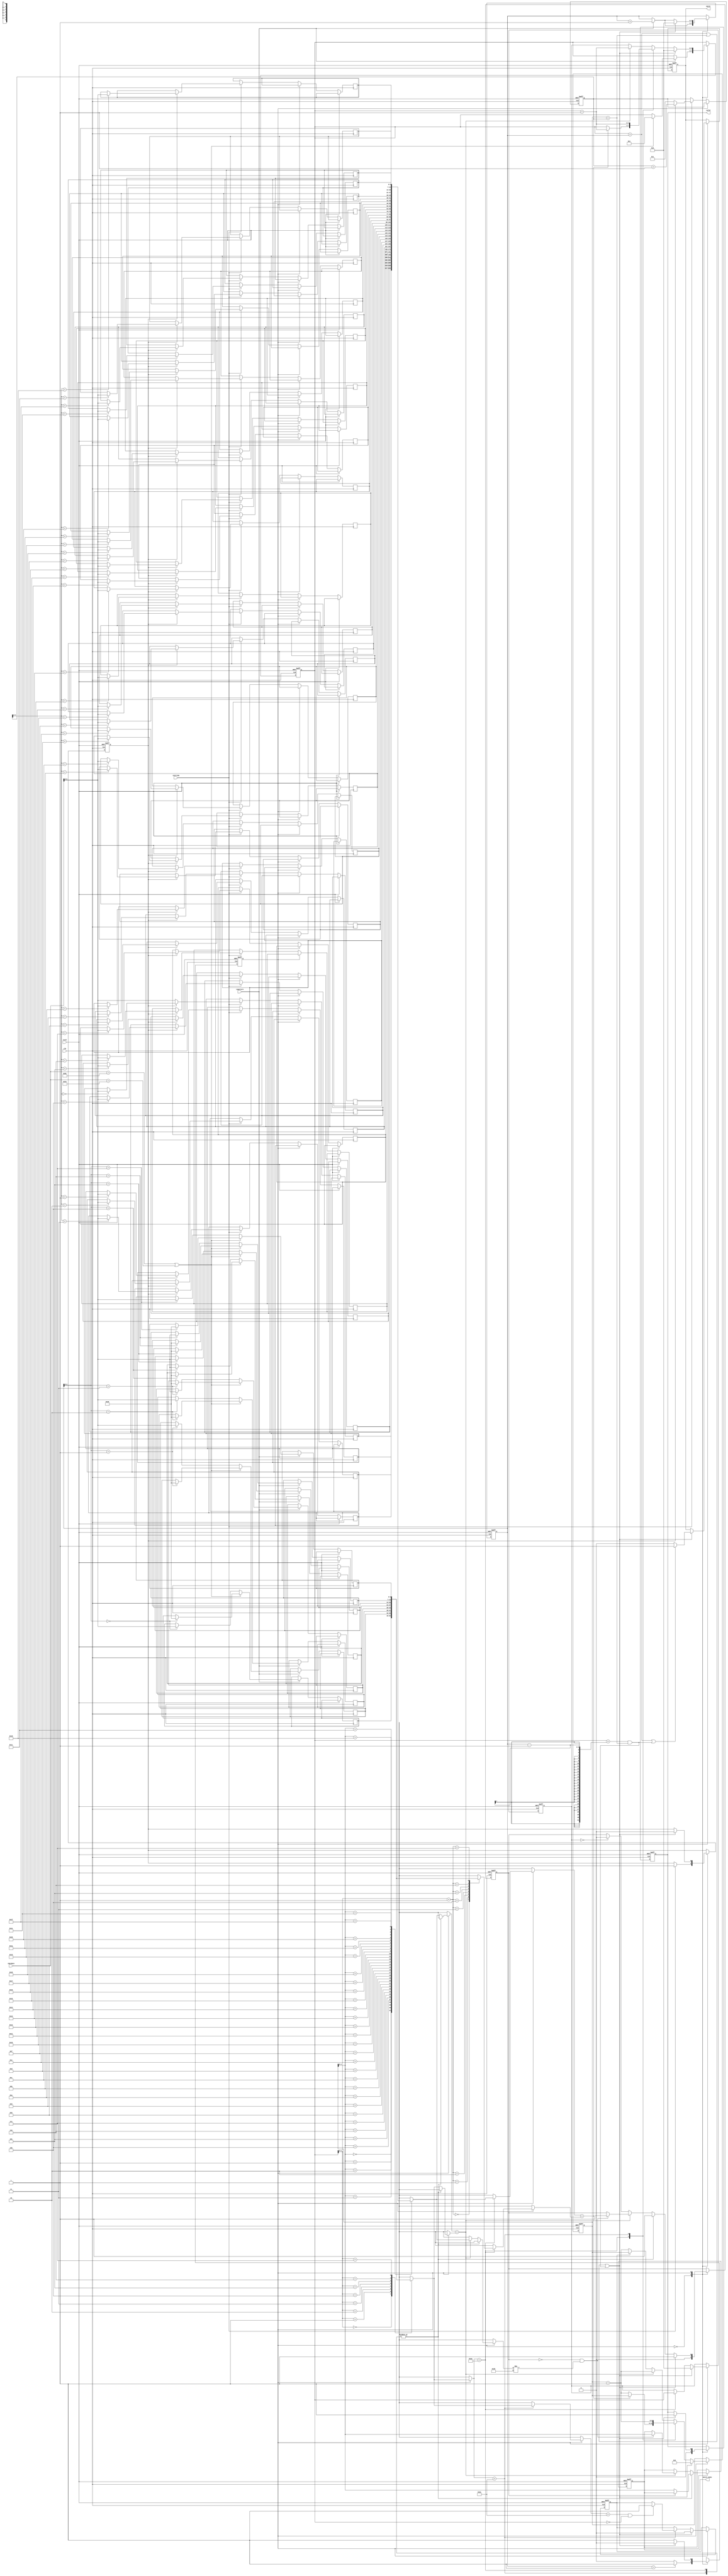
module SME(clk,reset,chardata,isstring,ispattern,valid,match,match_index);
input clk;
input reset;
input [7:0] chardata;
input isstring;
input ispattern;

output reg       match      ;
output reg [4:0] match_index;
output reg 		 valid      ;

reg       cr_state, nt_state  ;
reg [6:0] str_buffer [31:0]   ;
reg [5:0] str_len             ;
reg [5:0] str_counter		  ;
reg [6:0] pat_buffer [7:0]    ;
reg [3:0] pat_len             ;
reg [3:0] pat_counter         ;

reg flag, str_flag    ;    // First match and first string check.
reg match_back        ;    // Use to control whether str_counter plus, if dot not match, don't plus. 
reg [3:0] star_index  ;    // Store postion if star appear , if no star in pattern it will be zero.

parameter   READ_STRING_PATTERN  = 1'd0 ,			
			STRING_MATCH         = 1'd1 ; 

always @(posedge clk or posedge reset) begin

	if (reset) begin
		match       <= 1'b0 ;
		match_index <= 5'd0 ;
		valid       <= 1'b0 ;
		str_len     <= 6'd0 ;
		str_counter <= 6'd0 ;
		pat_len     <= 4'd0 ;
		pat_counter <= 4'd0 ;
		flag        <= 1'b1 ;
		match_back  <= 1'b0 ;
		star_index  <= 4'd0 ;
		str_flag    <= 1'b1 ;
		cr_state    <= READ_STRING_PATTERN ;
	end

	else begin

		cr_state <= nt_state;

		case(cr_state)

			READ_STRING_PATTERN:begin
				valid  <= 1'b0 ;
				flag   <= 1'b0 ;
				if(isstring) begin     					          // Read String
					str_len <= str_len + 6'd1;
					if(!str_flag) begin
						str_buffer[0] <= chardata;
						str_len <= 6'd1;
						str_flag <= 1'b1;
					end
					else str_buffer[str_len] <= chardata;
				end

				if(ispattern) begin    					          // Read Pattern
					pat_buffer[pat_len] <= chardata;
					pat_len <= pat_len + 4'd1;
					if(chardata==8'd94 || chardata==8'd36)begin   // If charactor is $ or ^ , use a space to replace it. 
						pat_buffer[pat_len] <= 8'd32 ;	
						pat_counter <= 4'd1 ;  // If now is first position, don't add space to it. 
					end
					else begin
						pat_buffer[pat_len] <= chardata;
					end
				end
			end

			STRING_MATCH:begin

				if(ispattern) begin    					          // Read Pattern
					pat_buffer[pat_len] <= chardata;
					pat_len <= pat_len + 4'd1;
					if(chardata==8'd94 || chardata==8'd36)begin   // If charactor is $ or ^ , use a space to replace it. 
						pat_buffer[pat_len] <= 8'd32 ;	
					end
					else begin
						pat_buffer[pat_len] <= chardata;
					end
				end

				case(pat_buffer[pat_counter])

					8'd42:begin  // *
						pat_counter <= (str_buffer[str_counter] == pat_buffer[pat_counter+1])?  pat_counter + 4'd1 : pat_counter ;
						str_counter <= !(str_buffer[str_counter] == pat_buffer[pat_counter+1])? str_counter + 6'd1 : str_counter ;
						star_index <= pat_counter;
						if(!flag) begin  					// First match
							match_index <= str_counter;
							flag        <= 1'b1;
						end	
					end

					8'd46:begin  // .
						if( (pat_buffer[pat_counter]==8'd46) && pat_counter==0) match_back <= 1;
						str_counter <= str_counter + 6'd1 ;
						pat_counter <= pat_counter + 4'd1 ;
						if(!flag) begin  					// First match
							match_index <= str_counter;
							flag        <= 1'b1;
						end	
					end

					default:begin
						if(str_buffer[str_counter] == pat_buffer[pat_counter])begin
							str_counter <= str_counter + 6'd1 ;
							pat_counter <= pat_counter + 4'd1 ;
							if(!flag && str_buffer[str_counter]!=8'd32) begin  					// First match
								match_index <= str_counter;
								flag        <= 1'b1;
							end	
						end
						else begin
							pat_counter <= star_index;
							if(!star_index) flag        <= 1'b0;
							if(!match_back) str_counter <= str_counter + 6'd1;
						end	
					end

				endcase			

				// Termination condition
				// special case is "$" in pattern last character, because use space replace it, it needs to special treatment.
				if((pat_counter==pat_len) || (str_counter==str_len) || ( (pat_counter==pat_len-1) && (str_counter==str_len) ) )begin
					match 		<= ( pat_counter==pat_len || ( (pat_counter==pat_len-1) && (str_counter==str_len) ) )? 1'b1 : 1'b0;
					pat_counter <= 4'd0 ;
					pat_len     <= 4'd0 ;
					str_counter <= 6'd0 ;
					str_flag    <= 1'b0 ;
					flag        <= 1'b1 ;
					match_back  <= 1'b0 ;
					star_index  <= 4'd0 ;
					valid       <= 1'b1 ;
				end
			end

		endcase
		
	end
end


always@(*)begin   //Next state logic
	
	case(cr_state)

		READ_STRING_PATTERN:begin
			nt_state = (pat_len==4'd1)? STRING_MATCH : READ_STRING_PATTERN;
		end

		STRING_MATCH:begin
			nt_state = ( (pat_counter==pat_len) || (str_counter==str_len) || ( (pat_counter==pat_len-1)&& (str_counter==str_len) ) )? READ_STRING_PATTERN : STRING_MATCH;
		end

	endcase

end

endmodule